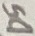
Text: D5